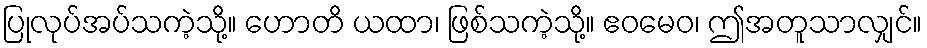
ပြုလုပ်အပ်သကဲ့သို့။ ဟောတိ ယထာ၊ ဖြစ်သကဲ့သို့။ ဧဝမေဝ၊ ဤအတူသာလျှင်။